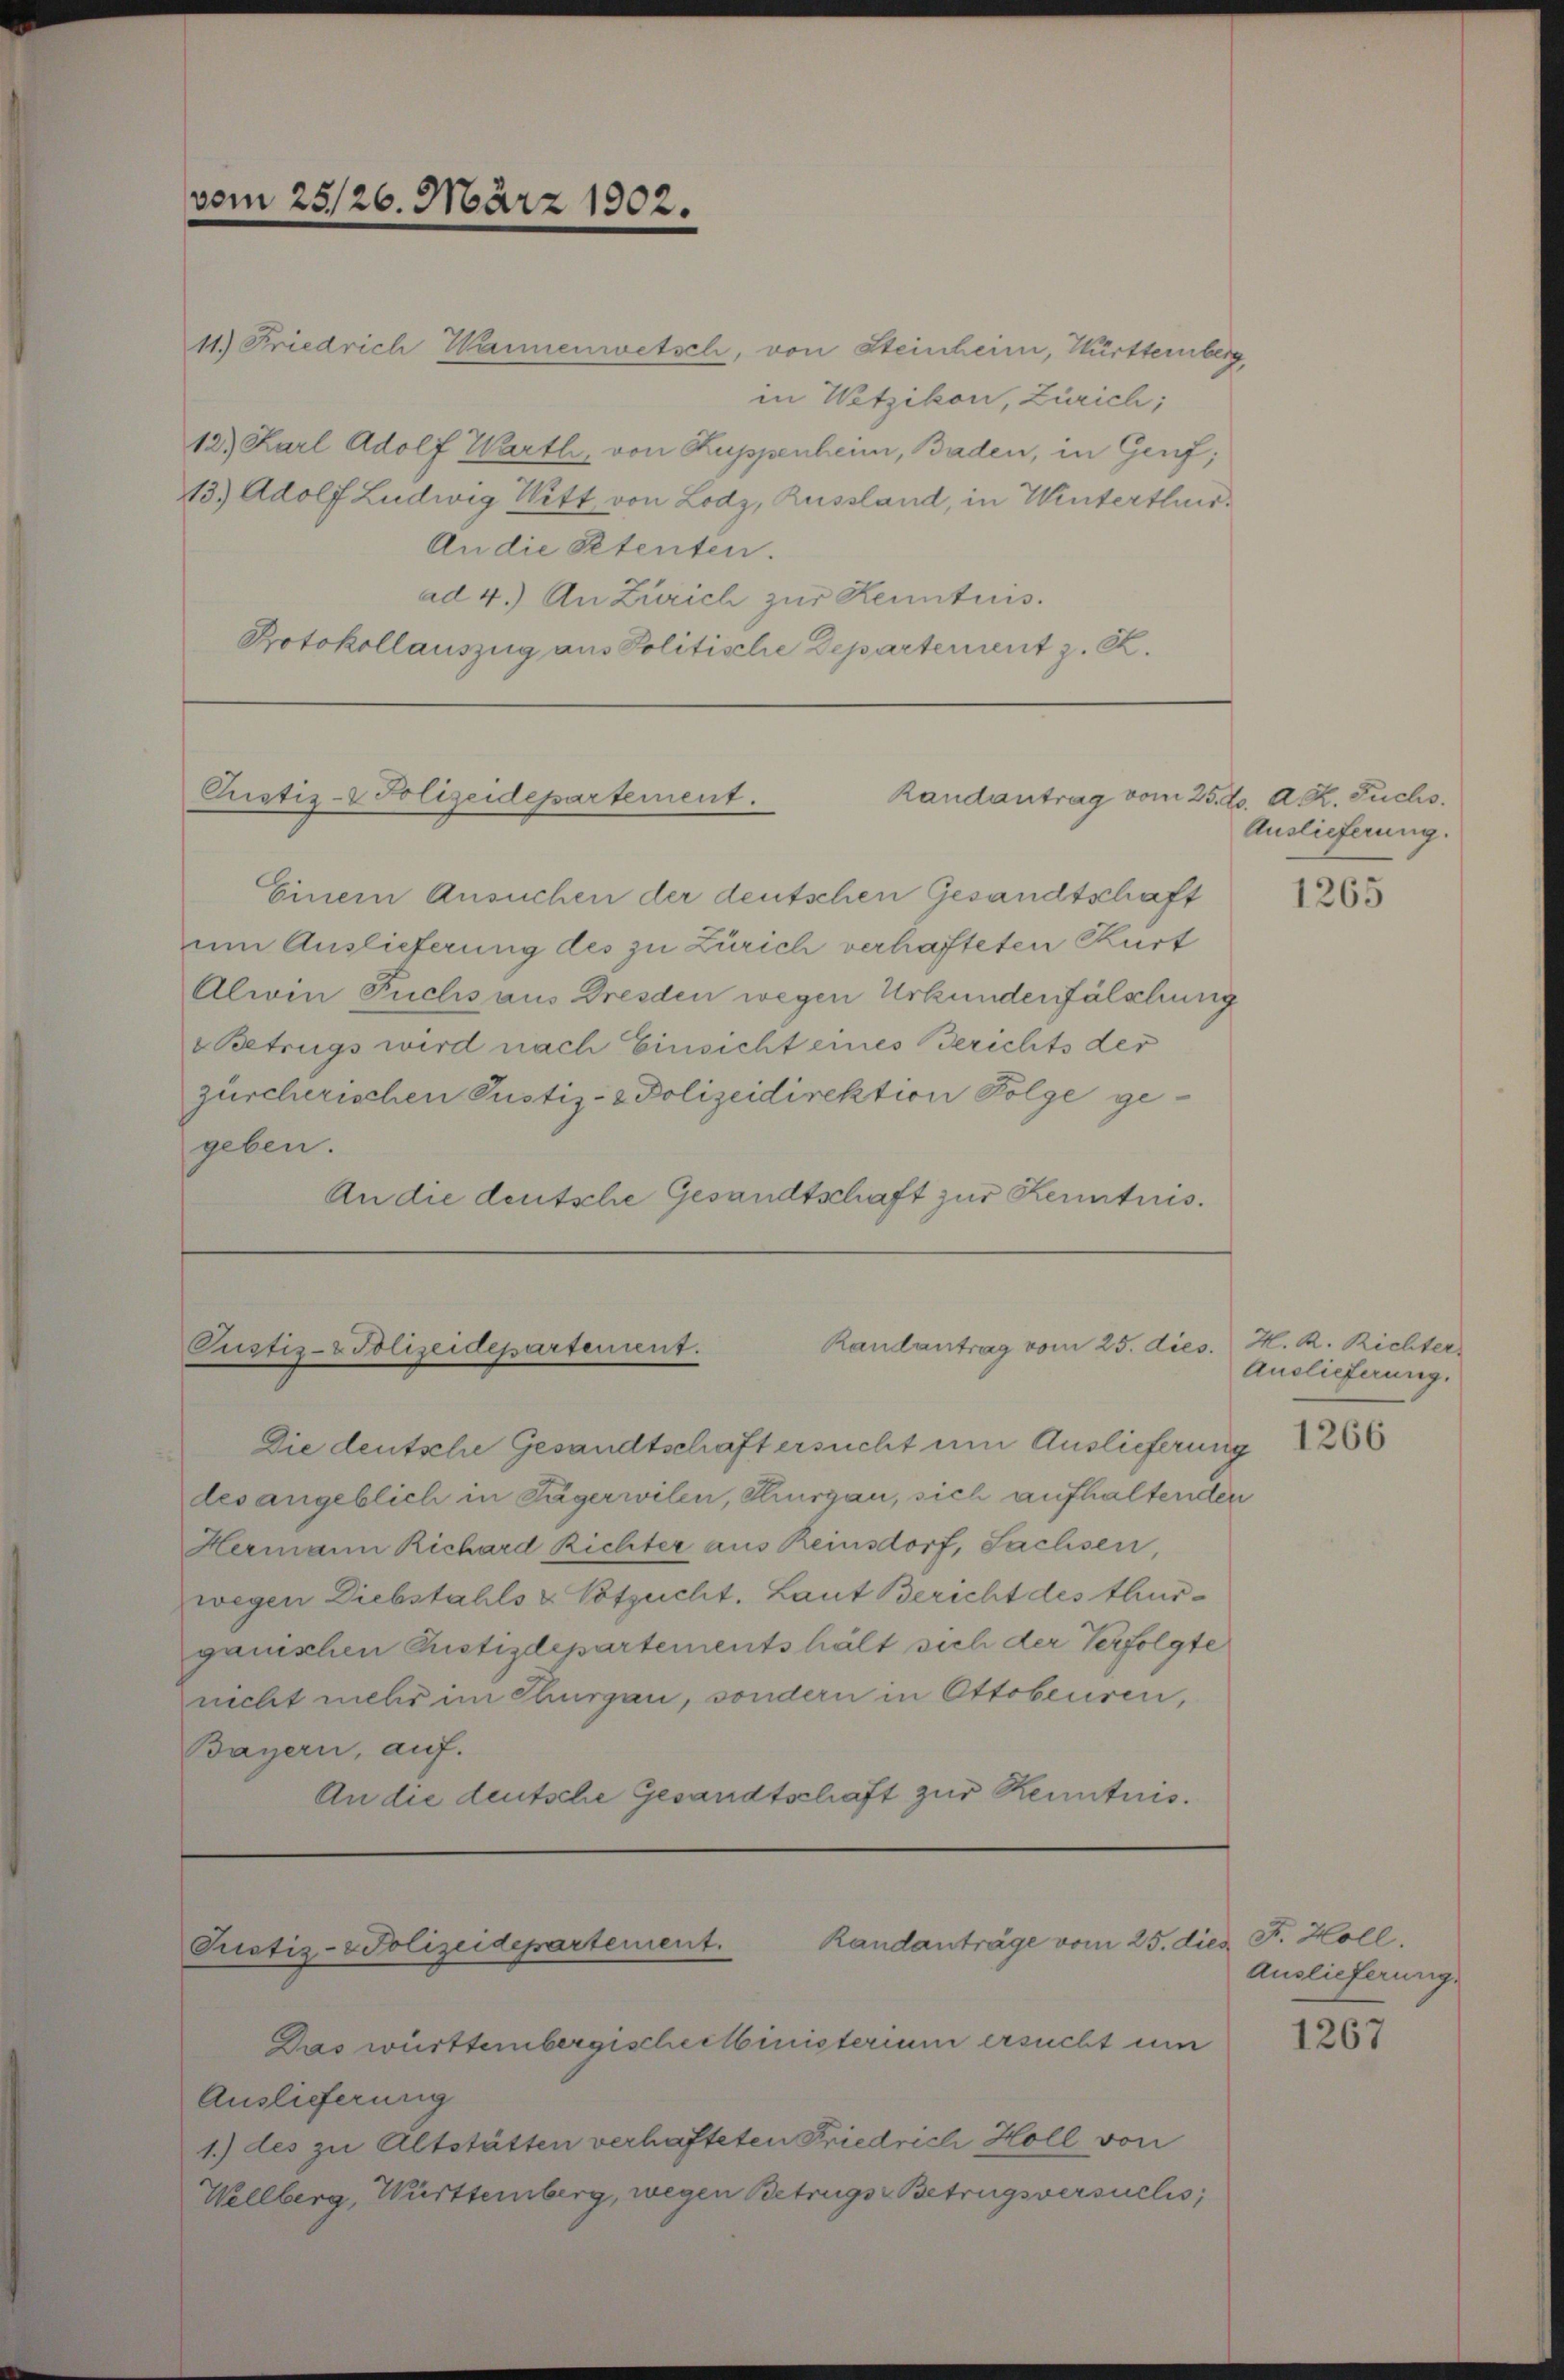
vom 25/26. März 1902.

11.) Friedrich Wannenwetsch, von Steinheim, Württernberg,
in Wetzikon, Zürich;
12) Karl Adolf Warth, von Kuppenheim, Baden, in Genf;
13) Adolf Ludwig Witt, von Lodz, Russland, in Winterthur.
An die Petenten.
ad 4.) An Zürich zur Kenntnis.
Protokollauszug aus Politische Departement z. R.

Randantrag vom
Custiz-Polizeidepartement.

Randantrag vom 25. dies. H. R. Richter
Pustiz- & Polizeidepartement.

Einem Ansuchen der deutschen Gesandtschaft
zum Auslieferung des zu Zürich verhafteten Curt
Alwin Fuchs aus Dresden wegen Urkundenfälschung
Betrugs wird nach Einsicht eines Berichts der
zürcherischen Justiz- & Polizeidirektion Folge gegeben.
An die deutsche Gesandtschaft zur Kenntnis.

Randanträge vom 25. dies F. Holl.
Pristiz-Polizeidepartement.

Die deutsche Gesandtschaft ersucht um Auslieferung 26
des angeblich in Tägerwilen, Thurgau, sich aufhaltenden
Hermann Richard Richter aus Reinsdorf, Sachsen,
wegen Diebstahls & Votzucht. Laut Bericht des Thurganischen Pustizdepartements hält sich der Verfolgte
nicht mehr im Thurgau, sondern in Ottobeuren,
Bayern, auf.
An die deutsche Gesandtschaft zur Kenntnis.

Das württembergischecinisterium ersucht um
Auslieferung
1.) des zu Altstätten verhafteten Friedrich Holl von
Wellberg, Württemberg, wegen Betrugs Betrugsversuchs,

25. d. A. R. Fuchs.
Auslieferung.

1265

Auslieferung.

Auslieferung.

1267